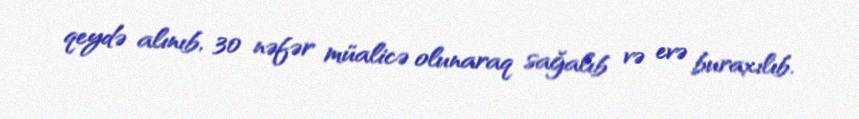
qeydə alınıb, 30 nəfər müalicə olunaraq sağalıb və evə buraxılıb.